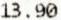
13.90